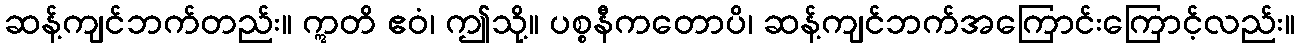
ဆန့်ကျင်ဘက်တည်း။ ဣတိ ဧဝံ၊ ဤသို့။ ပစ္စနီကတောပိ၊ ဆန့်ကျင်ဘက်အကြောင်းကြောင့်လည်း။